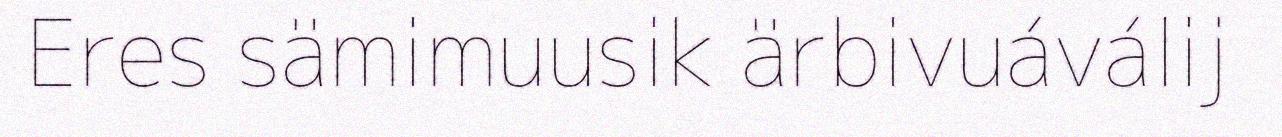
Eres sämimuusik ärbivuáválij